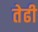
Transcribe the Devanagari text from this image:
तेढी